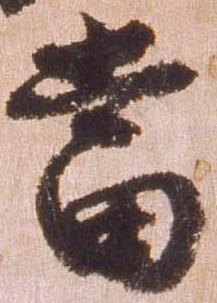
当